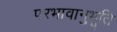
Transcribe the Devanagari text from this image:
परभावानुभूति